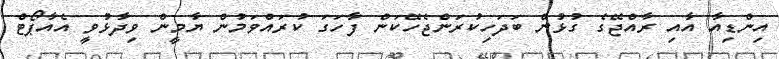
އިންޑިއާ އާއި ރާއްޖޭގެ ގުޅުން ބަދަހިކުރަންޖެހޭކަން ފާހަގަ ކުރައްވަމުން ޔާމީން ވިދާޅުވީ އެއާޕޯޓް